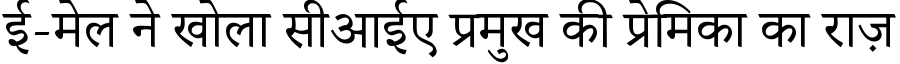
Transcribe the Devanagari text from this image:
ई-मेल ने खोला सीआईए प्रमुख की प्रेमिका का राज़